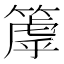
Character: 𥲉